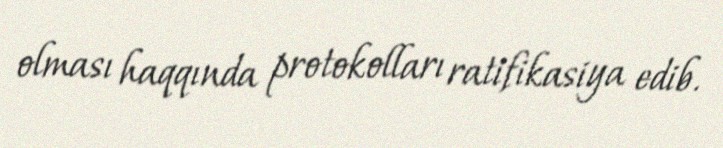
olması haqqında protokolları ratifikasiya edib.